Lunatic asylums Punjab 1895-1910 - 1895-1910
Year: 1895
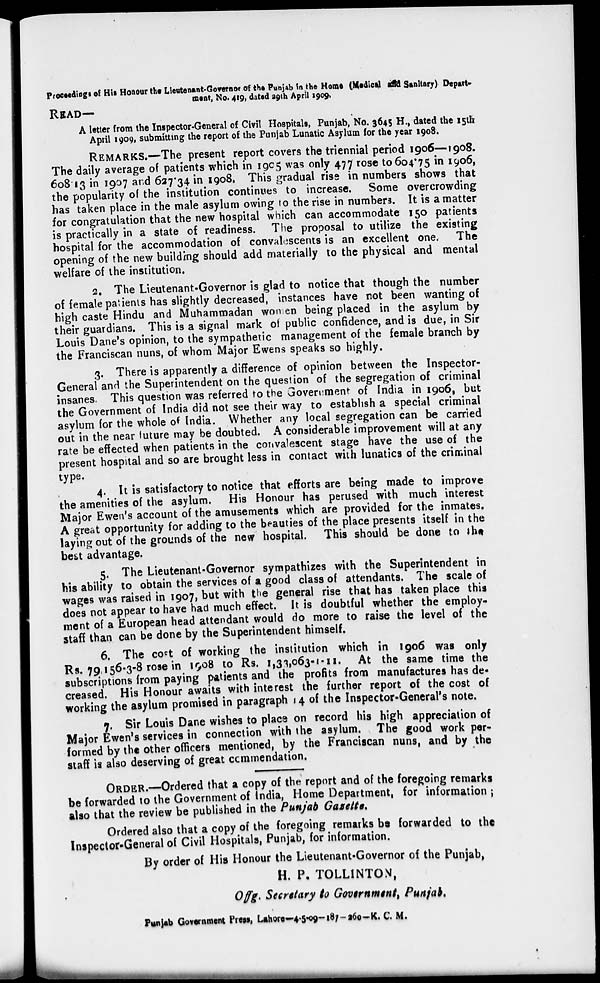
Proceedings of His Honour the Lieutenant-Governor of the Punjab in the Home (Medical and Sanitary) Depart-
ment, No. 419, dated 29th April 1909.
READ—
A letter from the Inspector-General of Civil Hospitals, Punjab, No. 3645 H., dated the 15th
April 1909, submitting the report of the Punjab Lunatic Asylum for the year 1908.
REMARKS.—The present report covers the triennial period 1906—1908.
The daily average of patients which in 1905 was only 477 rose to 604.75 in 1906,
608.13 in 1907 and 627.34 in 1908. This gradual rise in numbers shows that
the popularity of the institution continues to increase. Some overcrowding
has taken place in the male asylum owing to the rise in numbers. It is a matter
for congratulation that the new hospital which can accommodate 150 patients
is practically in a state of readiness. The proposal to utilize the existing
hospital for the accommodation of convalescents is an excellent one. The
opening of the new building should add materially to the physical and mental
welfare of the institution.
2. The Lieutenant-Governor is glad to notice that though the number
of female patients has slightly decreased, instances have not been wanting of
high caste Hindu and Muhammadan won en being placed in the asylum by
their guardians. This is a signal mark of public confidence, and is due, in Sir
Louis Dane's opinion, to the sympathetic management of the female branch by
the Franciscan nuns, of whom Major Ewens speaks so highly.
3. There is apparently a difference of opinion between the Inspector-
General and the Superintendent on the question of the segregation of criminal
insanes. This question was referred to the Government of India in 1906, but
the Government of India did not see their way to establish a special criminal
asylum for the whole of India. Whether any local segregation can be carried
out in the near future may be doubted. A considerable improvement will at any
rate be effected when patients in the convalescent stage have the use of the
present hospital and so are brought less in contact with lunatics of the criminal
type.
4. It is satisfactory to notice that efforts are being made to improve
the amenities of the asylum. His Honour has perused with much interest
Major Ewen's account of the amusements which are provided for the inmates.
A great opportunity for adding to the beauties of the place presents itself in the
laying out of the grounds of the new hospital. This should be done to the
best advantage.
5. The Lieutenant-Governor sympathizes with the Superintendent in
his ability to obtain the services of a good class of attendants. The scale of
wages was raised in 1907, but with the general rise that has taken place this
does not appear to have had much effect. It is doubtful whether the employ-
ment of a European head attendant would do more to raise the level of the
staff than can be done by the Superintendent himself.
6. The cost of working the institution which in 1906 was only
Rs. 79,156-3-8 rose in 1908 to Rs. 1,33,063-1-11. At the same time the
subscriptions from paying patients and the profits from manufactures has de-
creased. His Honour awaits with interest the further report of the cost of
working the asylum promised in paragraph 14 of the Inspector-General's note.
7. Sir Louis Dane wishes to place on record his high appreciation of
Major Ewen's services in connection with the asylum. The good work per-
formed by the other officers mentioned, by the Franciscan nuns, and by the
staff is also deserving of great commendation.
ORDER.—Ordered that a copy of the report and of the foregoing remarks
be forwarded to the Government of India, Home Department, for information ;
also that the review be published in the Punjab Gazette.
Ordered also that a copy of the foregoing remarks be forwarded to the
Inspector-General of Civil Hospitals, Punjab, for information.
By order of His Honour the Lieutenant-Governor of the Punjab,
H. P. TOLLINTON,
Offg. Secretary to Government, Punjab.
Punjab Government Press, Lahore-4-5-09-187-260-K. C. M.